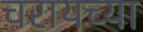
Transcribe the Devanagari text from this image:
चरायच्या